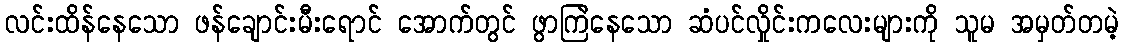
လင်းထိန်နေသော ဖန်ချောင်းမီးရောင် အောက်တွင် ဖွာကြဲနေသော ဆံပင်လှိုင်းကလေးများကို သူမ အမှတ်တမဲ့